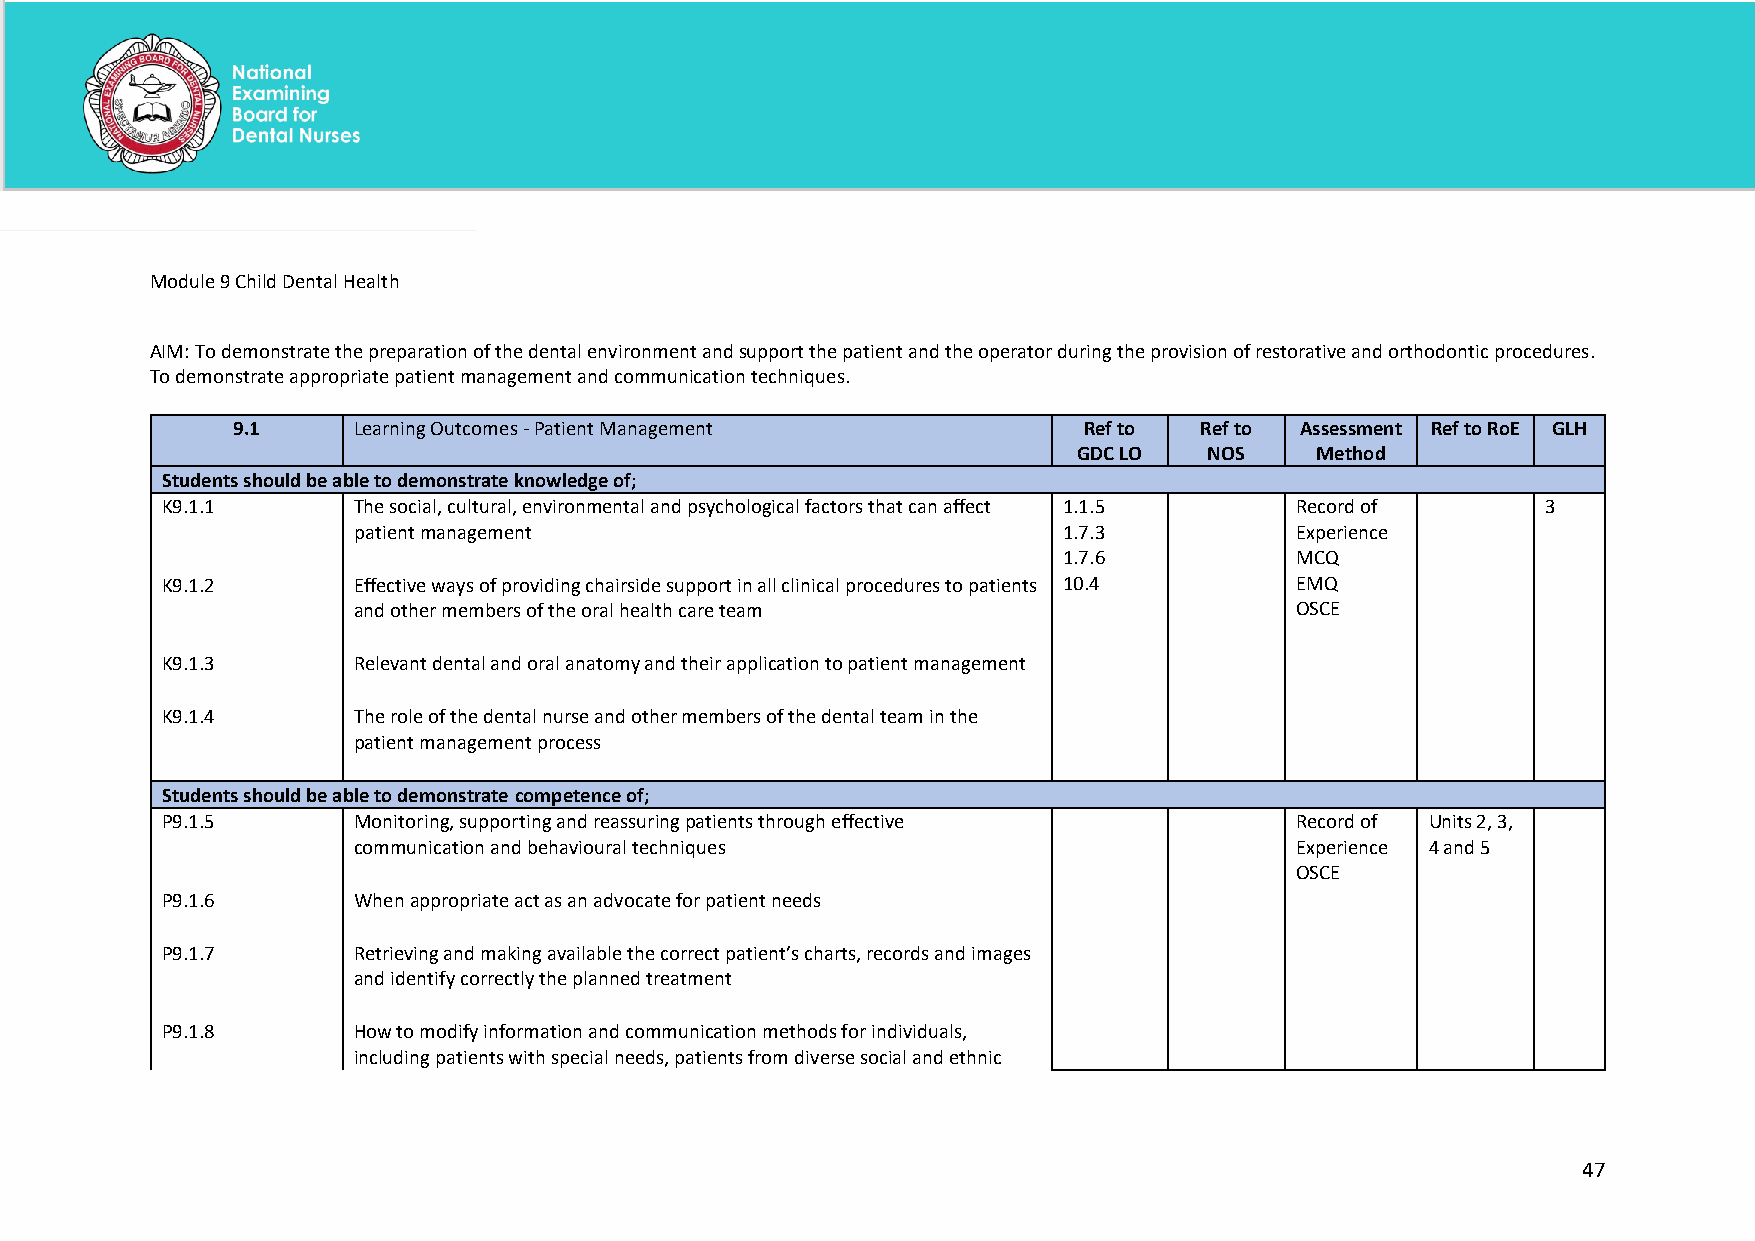
Module 9 Child Dental Health
 AIM: To demonstrate the preparation of the dental environment and support the patient and the operator during the provision of restorative and orthodontic procedures.
 To demonstrate appropriate patient management and communication techniques.
 9.1     Learning Outcomes - Patient Management           Ref to Ref to Assessment Ref to RoE GLH
 GDC LO   NOS    Method
 Students should be able to demonstrate knowledge of;
 K9.1.1      The social, cultural, environmental and psychological factors that can affect 1.1.5 Record of 3
 patient management                             1.7.3           Experience
 1.7.6           MCQ
 K9.1.2      Effective ways of providing chairside support in all clinical procedures to patients 10.4 EMQ
 and other members of the oral health care team                 OSCE
 K9.1.3      Relevant dental and oral anatomy and their application to patient management
 K9.1.4      The role of the dental nurse and other members of the dental team in the
 patient management process
 Students should be able to demonstrate competence of;
 P9.1.5      Monitoring, supporting and reassuring patients through effective Record of Units 2, 3,
 communication and behavioural techniques                       Experience 4 and 5
 OSCE
 P9.1.6      When appropriate act as an advocate for patient needs
 P9.1.7      Retrieving and making available the correct patient’s charts, records and images
 and identify correctly the planned treatment
 P9.1.8      How to modify information and communication methods for individuals,
 including patients with special needs, patients from diverse social and ethnic
 47
 National Examining Board for Dental Nurses